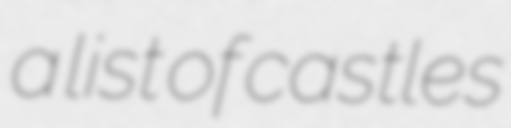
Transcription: a list of castles